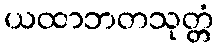
ယထာဘတသုတ္တံ